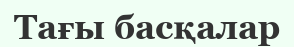
Тағы басқалар